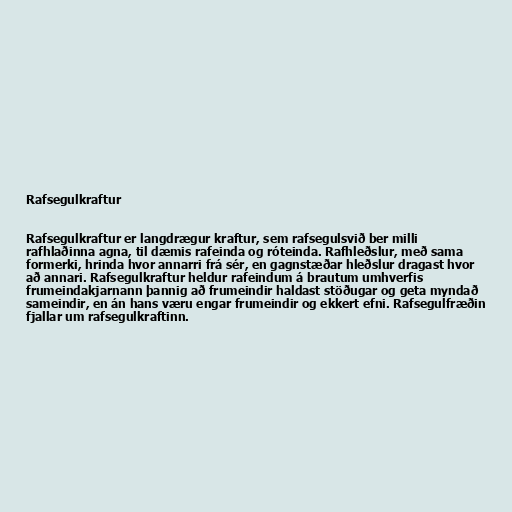
Rafsegulkraftur

Rafsegulkraftur er langdrægur kraftur, sem rafsegulsvið ber milli
rafhlaðinna agna, til dæmis rafeinda og róteinda. Rafhleðslur, með sama
formerki, hrinda hvor annarri frá sér, en gagnstæðar hleðslur dragast hvor
að annari. Rafsegulkraftur heldur rafeindum á brautum umhverfis
frumeindakjarnann þannig að frumeindir haldast stöðugar og geta myndað
sameindir, en án hans væru engar frumeindir og ekkert efni. Rafsegulfræðin
fjallar um rafsegulkraftinn.